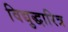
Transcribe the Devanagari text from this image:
विद्युद्धारित्र